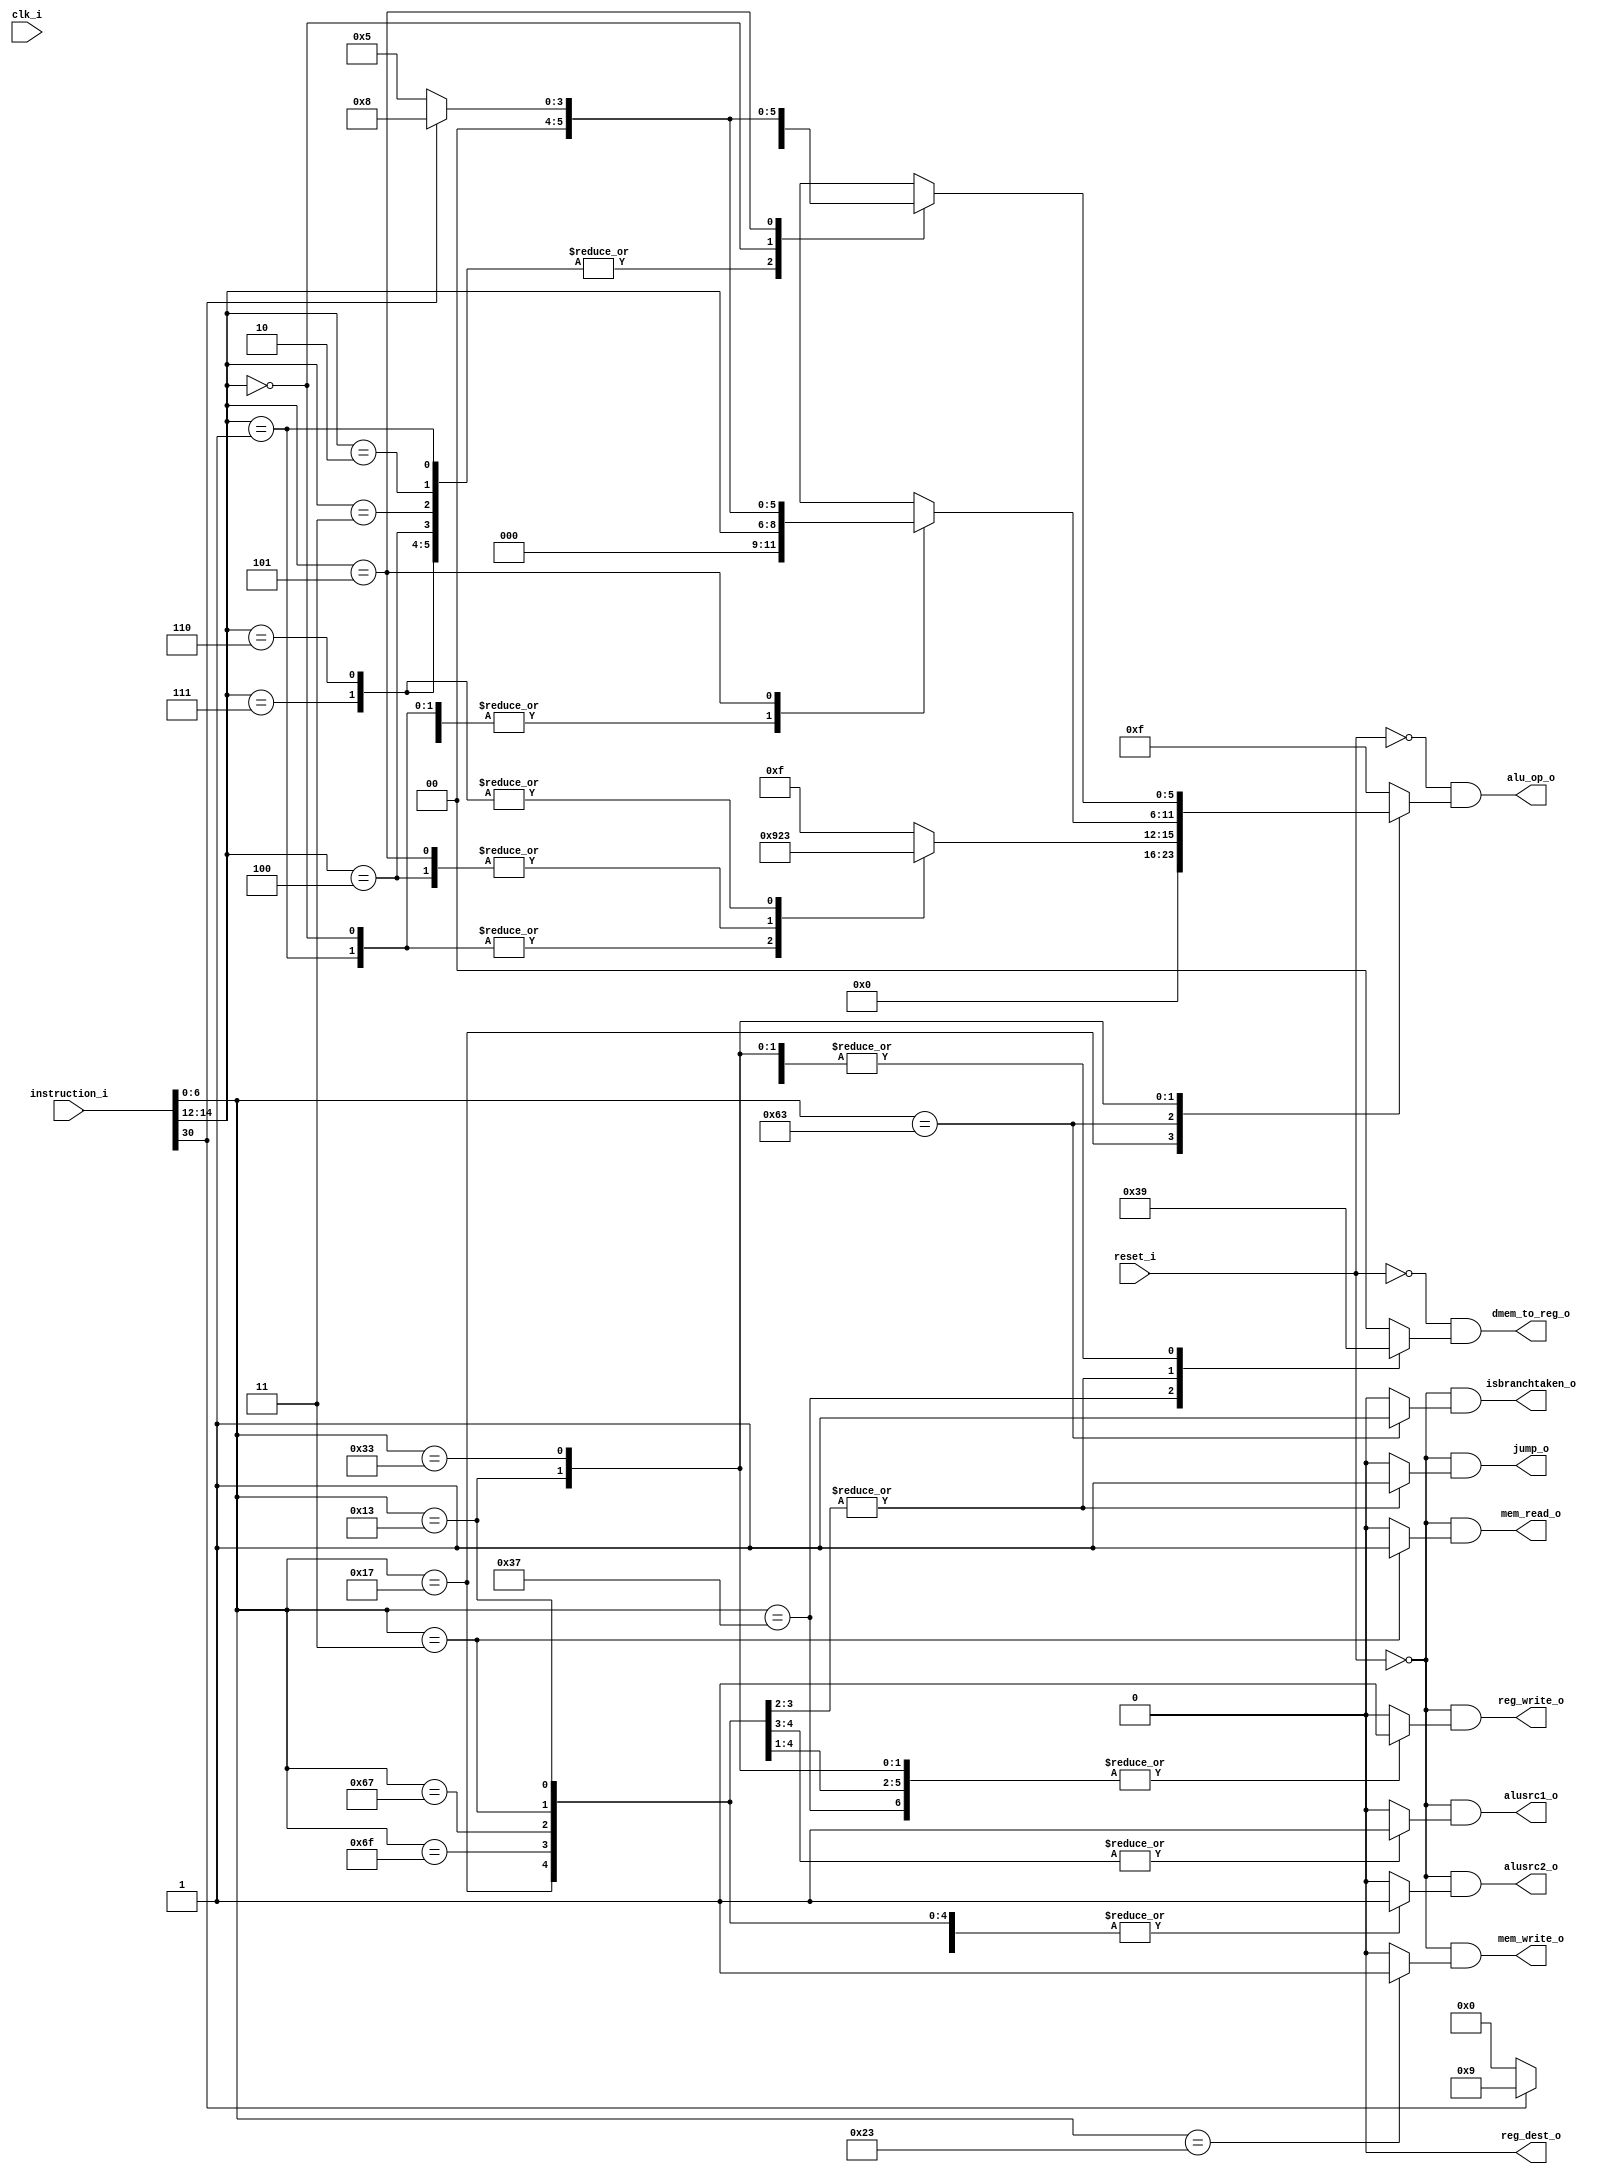
//  Sharanesh: Verified
//  Phani:

module control (
    input clk_i, //clock input
    input reset_i, //reset input

    input [31:0] instruction_i, //instruction input

    output alusrc1_o, //alu source1 (1:pc, 0:read_data1)
    output alusrc2_o, //alu source2 (1:immediate, 0:read_data2)
    output [1:0] dmem_to_reg_o, //mem2reg (00:mem2reg, 01:alu_result_2reg, 10:pcsrc, 11: offset)
    output reg_write_o, //reg write (enables reg for writing)
    output reg_dest_o, //register destination (1:rs2, 0:rd) (selects destination register)
    output mem_read_o, //mem read (enables mem read)
    output mem_write_o, //mem write (enables mem write)
    output isbranchtaken_o, //branch taken
    output jump_o, // determines if jump is the instruction or not
    output [5:0] alu_op_o //alu op code 
);

// ---------------
// Registers and Wires
// ---------------
reg alusrc1_reg; //alu source1 register (1:pc, 0:read_data1)
reg alusrc2_reg; //alu source2 register (1:immediate, 0:read_data2)
reg [1:0] dmem_to_reg_reg; //mem2reg register (00:mem2reg, 01:alu_result_2reg, 10:pcsrc, 11: offset)
reg reg_write_reg; //reg write register (register write control signal)
reg reg_dest_reg; //**** register destination (1:rs2, 0:rd) (selects destination register)
reg mem_read_reg; //**** mem read register (used in mem stage)
reg mem_write_reg; //*** mem write register (used in mem stage)
reg isbranchtaken_reg; //branch taken register  
reg jump_reg; //jump register 
reg [5:0] alu_op_reg; //alu op code register

// -----------------
// Local parameters for denoting the instruction type
// -----------------
localparam RXX = 7'b0110011; // R type
localparam IXX = 7'b0010011; // IMM type
localparam BXX = 7'b1100011; // Branch type
localparam LUI = 7'b0110111;  // LUI type
localparam AUIPC = 7'b0010111; // AUIPC type
localparam JAL = 7'b1101111; // JAL type
localparam JALR = 7'b1100111; // JALR type
localparam LXX = 7'b0000011; // Load type
localparam SXX = 7'b0100011; // Store type

// -----------------
// Generating the control signals based on instruction type
// -----------------
always @(instruction_i) begin
    case (instruction_i[6:0])
        LUI: begin
            alusrc1_reg = 1'b0; 
            alusrc2_reg = 1'b0; 
            dmem_to_reg_reg = 2'b11; 
            reg_write_reg = 1'b1; 
            reg_dest_reg = 1'b0; 
            mem_read_reg = 1'b0; 
            mem_write_reg = 1'b0; 
            isbranchtaken_reg = 1'b0; 
            jump_reg = 1'b0; 
            alu_op_reg = 6'd15;
        end
        AUIPC: begin
            alusrc1_reg = 1'b1;
            alusrc2_reg = 1'b1;
            dmem_to_reg_reg = 1'b1; ////critical doubt
            reg_write_reg = 1'b1; 
            reg_dest_reg = 1'b0; 
            mem_read_reg = 1'b0; 
            mem_write_reg = 1'b0; 
            isbranchtaken_reg = 1'b0; 
            jump_reg = 1'b0; 
            alu_op_reg = 6'd0;
        end
        JAL: begin
            alusrc1_reg = 1'b1;
            alusrc2_reg = 1'b1;
            dmem_to_reg_reg = 2'b10; 
            reg_write_reg = 1'b1; 
            reg_dest_reg = 1'b0; 
            mem_read_reg = 1'b0; 
            mem_write_reg = 1'b0; 
            isbranchtaken_reg = 1'b0; 
            jump_reg = 1'b1; 
            alu_op_reg = 6'd15;
        end
        JALR: begin
            alusrc1_reg = 1'b0;
            alusrc2_reg = 1'b1;
            dmem_to_reg_reg = 2'b10; 
            reg_write_reg = 1'b1; 
            reg_dest_reg = 1'b0; 
            mem_read_reg = 1'b0; 
            mem_write_reg = 1'b0; 
            isbranchtaken_reg = 1'b0; 
            jump_reg = 1'b1; 
            alu_op_reg = 6'd15;
        end
        BXX: begin
            alusrc1_reg = 1'b0;
            alusrc2_reg = 1'b0;
            dmem_to_reg_reg = 2'b00; 
            reg_write_reg = 1'b0; 
            reg_dest_reg = 1'b0; 
            mem_read_reg = 1'b0; 
            mem_write_reg = 1'b0; 
            isbranchtaken_reg = 1'b1; 
            jump_reg = 1'b0; 
            case (instruction_i[14:12])
                3'd0:   // BEQ
                    alu_op_reg = 6'd9;
                3'd1:   // BNE
                    alu_op_reg = 6'd9;
                3'd4:   // BLT
                    alu_op_reg = 6'd2;
                3'd5:   // BGE
                    alu_op_reg = 6'd2;
                3'd6:   // BLTU
                    alu_op_reg = 6'd3;
                3'd7:   // BGEU
                    alu_op_reg = 6'd3;
                default:
                    alu_op_reg = 6'd15;
            endcase
        end
        LXX: begin
            alusrc1_reg = 1'b0;
            alusrc2_reg = 1'b1;
            dmem_to_reg_reg = 2'b00; 
            reg_write_reg = 1'b1; 
            reg_dest_reg = 1'b0; 
            mem_read_reg = 1'b1; 
            mem_write_reg = 1'b0; 
            isbranchtaken_reg = 1'b0; 
            jump_reg = 1'b0; 
            alu_op_reg = 6'd15;
        end
        SXX: begin
            alusrc1_reg = 1'b0;
            alusrc2_reg = 1'b1;
            dmem_to_reg_reg = 2'b00; 
            reg_write_reg = 1'b0; 
            reg_dest_reg = 1'b0; 
            mem_read_reg = 1'b0; 
            mem_write_reg = 1'b1; 
            isbranchtaken_reg = 1'b0; 
            jump_reg = 1'b0; 
            alu_op_reg = 6'd15;
        end
        IXX: begin
            alusrc1_reg = 1'b0;
            alusrc2_reg = 1'b1;
            dmem_to_reg_reg = 2'b01; 
            reg_write_reg = 1'b1; 
            reg_dest_reg = 1'b0; 
            mem_read_reg = 1'b0; 
            mem_write_reg = 1'b0; 
            isbranchtaken_reg = 1'b0; 
            jump_reg = 1'b0; 
            case (instruction_i[14:12])
                3'd0,   // ADDI
                3'd2,   // SLTI
                3'd3,   // SLTIU
                3'd4,   // XORI
                3'd6,   // ORI
                3'd7:   // ANDI
                    alu_op_reg = {3'd0, instruction_i[14:12]};
                3'd1:   // SLLI
                    alu_op_reg = {3'd0, instruction_i[14:12]};
                3'd5:   // SRLI or SRAI
                    alu_op_reg = (instruction_i[30]) ? 6'd8:6'd5; 
                default:
                    alu_op_reg = {3'd0, instruction_i[14:12]};
            endcase
        end
        RXX: begin
            alusrc1_reg = 1'b0;
            alusrc2_reg = 1'b0;
            dmem_to_reg_reg = 2'b01; 
            reg_write_reg = 1'b1; 
            reg_dest_reg = 1'b0; 
            mem_read_reg = 1'b0; 
            mem_write_reg = 1'b0; 
            isbranchtaken_reg = 1'b0; 
            jump_reg = 1'b0; 
            case(instruction_i[14:12])
                3'd1,   // SLL
                3'd2,   // SLT
                3'd3,   // SLTU
                3'd4,   // XOR
                3'd6,   // OR
                3'd7:   // AND
                    alu_op_reg = {3'd0, instruction_i[14:12]};
                3'd0:   // ADD or SUB
                    alu_op_reg = (instruction_i[30]) ? 6'd9:6'd0;
                3'd5:   // SRL or SRA
                    alu_op_reg = (instruction_i[30]) ? 6'd8:6'd5;
                default:
                    alu_op_reg = {3'd0, instruction_i[14:12]};
            endcase
        end
        default: begin
            alusrc1_reg = 1'b0;
            alusrc2_reg = 1'b0;
            dmem_to_reg_reg = 2'b00; 
            reg_write_reg = 1'b0; 
            reg_dest_reg = 1'b0; 
            mem_read_reg = 1'b0; 
            mem_write_reg = 1'b0; 
            isbranchtaken_reg = 1'b0; 
            jump_reg = 1'b0;
            alu_op_reg = 6'd15;
        end
    endcase
end

// --------------
// Final Assignments to output the control signals
// --------------
assign alusrc1_o = ~reset_i & alusrc1_reg;
assign alusrc2_o = ~reset_i & alusrc2_reg;
assign dmem_to_reg_o = ~reset_i & dmem_to_reg_reg;
assign reg_write_o = ~reset_i & reg_write_reg;
assign reg_dest_o = ~reset_i & reg_dest_reg;
assign mem_read_o = ~reset_i & mem_read_reg;
assign mem_write_o = ~reset_i & mem_write_reg;
assign isbranchtaken_o = ~reset_i & isbranchtaken_reg;
assign jump_o = ~reset_i & jump_reg;
assign alu_op_o = ~reset_i & alu_op_reg;

endmodule